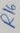
Text: R16